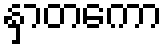
နှာတကော